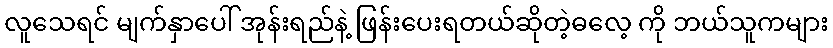
လူသေရင် မျက်နှာပေါ် အုန်းရည်နဲ့ ဖြန်းပေးရတယ်ဆိုတဲ့ဓလေ့ ကို ဘယ်သူကများ